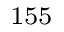
^ \mathrm { 1 5 5 }